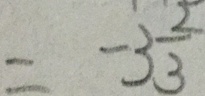
= - 3 \frac { 2 } { 3 }